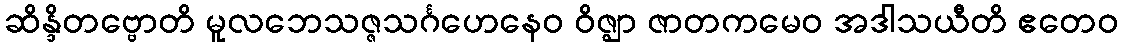
ဆိန္ဒိတဗ္ဗောတိ မူလဘေသဇ္ဇသင်္ဂဟေနေဝ ဝိဇ္ဈာ ဇာတကမေဝ အဒါသယီတိ ဧတေဝ